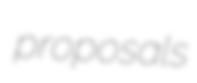
proposals